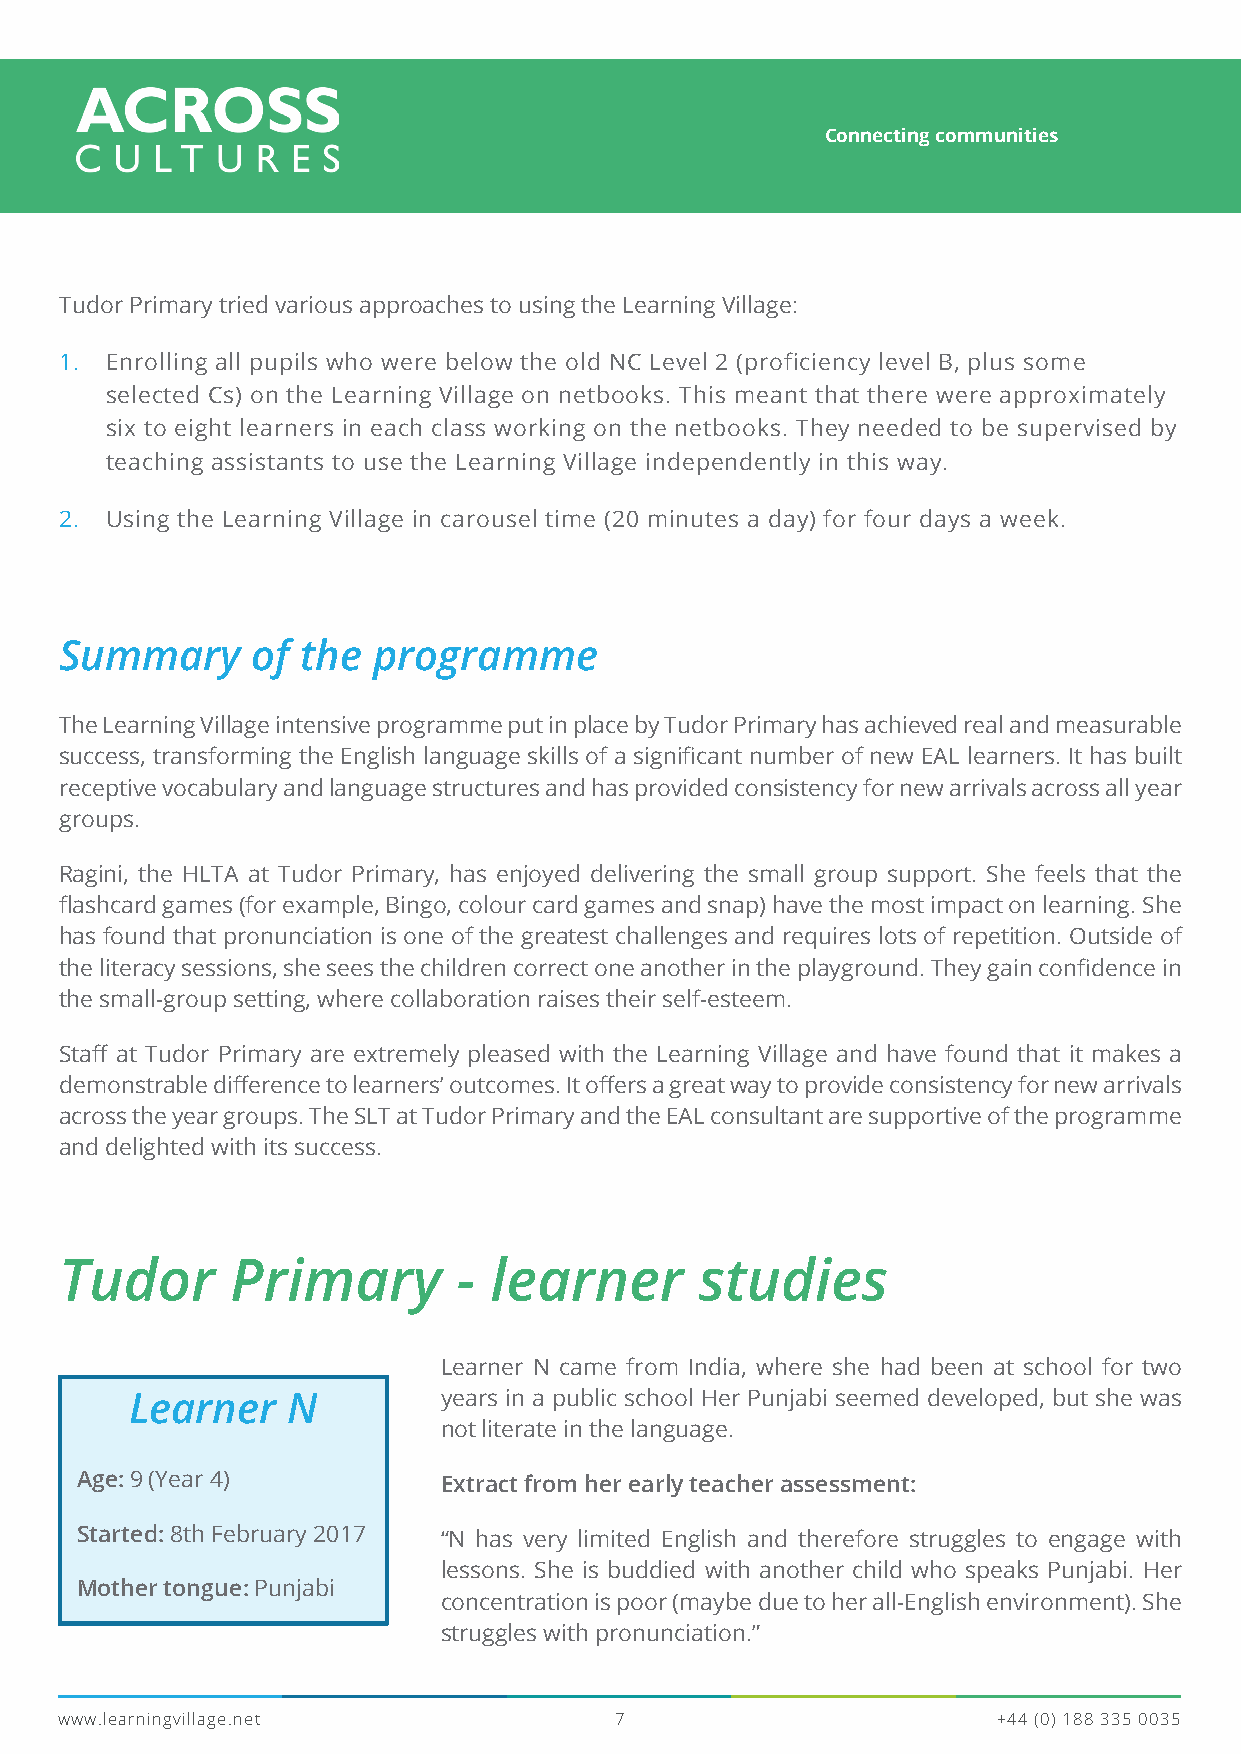
Connecting communities
 Tudor Primary Tudor Primary tried various approaches to using the Learning Village:
 1. Enrolling all pupils who were below the old NC Level 2 (proficiency level B, plus some
 selected Cs) on the Learning Village on netbooks. This meant that there were approximately
 six to eight learners in each class working on the netbooks. They needed to be supervised by
 teaching assistants to use the Learning Village independently in this way.
 2. Using the Learning Village in carousel time (20 minutes a day) for four days a week.
 Summary      of the  programme
 The Learning Village intensive programme put in place by Tudor Primary has achieved real and measurable
 success, transforming the English language skills of a significant number of new EAL learners. It has built
 receptive vocabulary and language structures and has provided consistency for new arrivals across all year
 groups.
 Ragini, the HLTA at Tudor Primary, has enjoyed delivering the small group support. She feels that the
 flashcard games (for example, Bingo, colour card games and snap) have the most impact on learning. She
 has found that pronunciation is one of the greatest challenges and requires lots of repetition. Outside of
 the literacy sessions, she sees the children correct one another in the playground. They gain confidence in
 the small-group setting, where collaboration raises their self-esteem.
 Staff at Tudor Primary are extremely pleased with the Learning Village and have found that it makes a
 demonstrable difference to learners’ outcomes. It offers a great way to provide consistency for new arrivals
 across the year groups. The SLT at Tudor Primary and the EAL consultant are supportive of the programme
 and delighted with its success.
 Tudor      Primary        - learner       studies
 Learner N came from India, where she had been at school for two
 Learner   N         years in a public school Her Punjabi seemed developed, but she was
 not literate in the language.
 Age: 9 (Year 4)         Extract from her early teacher assessment:
 Started: 8th February 2017 “N has very limited English and therefore struggles to engage with
 lessons. She is buddied with another child who speaks Punjabi. Her
 Mother tongue: Punjabi
 concentration is poor (maybe due to her all-English environment). She
 struggles with pronunciation.”
 www.learningvillage.net              7                        +44 (0) 188 335 0035